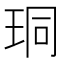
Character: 𪻛